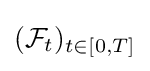
({\mathcal {F}}_{t})_{t\in [0,T]}